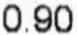
0.90